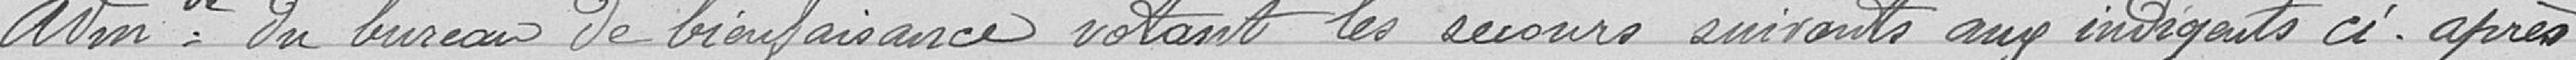
Wme du bureau de bienfaisance votant les secours